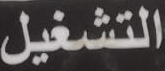
التشغيل